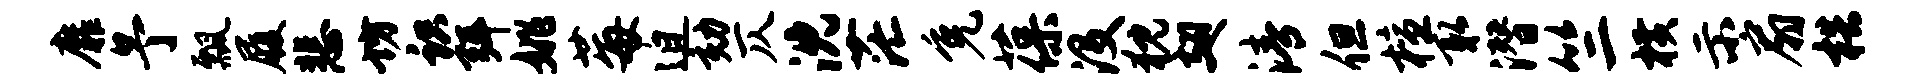
靡予瓢履悲坊识弭姚莓迫劾仄沈茫免葆没猊翅清但檀取潜竺横示扇梏